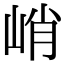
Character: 峭